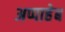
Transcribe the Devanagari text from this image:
अप्पाहेब